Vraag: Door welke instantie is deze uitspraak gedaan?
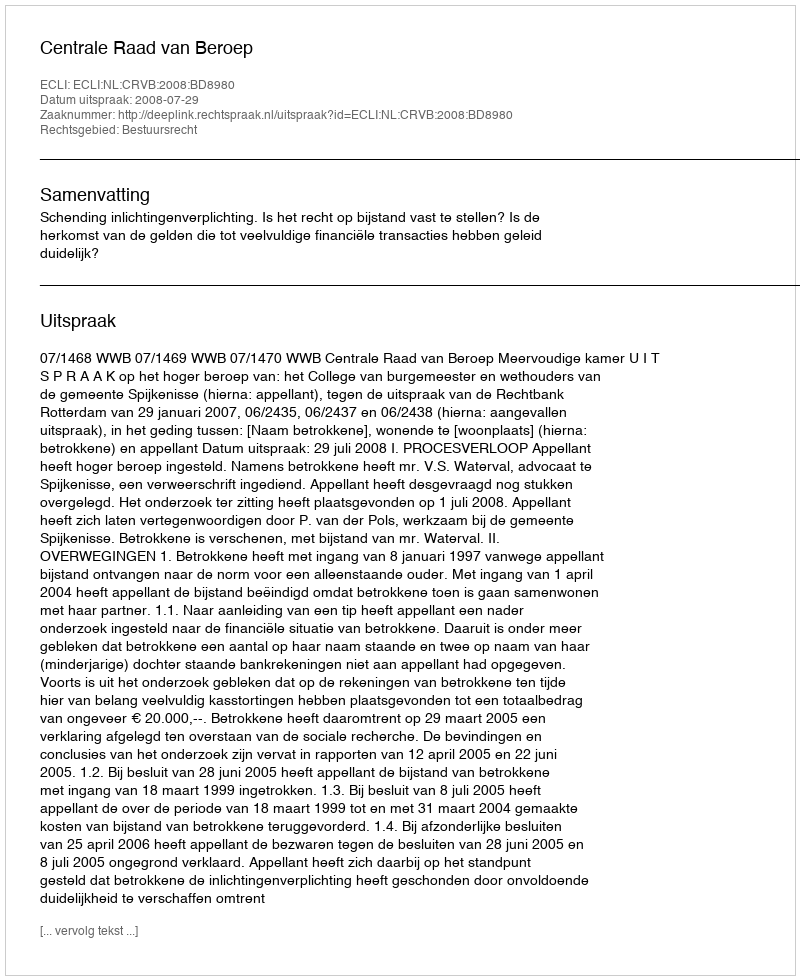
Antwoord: Centrale Raad van Beroep